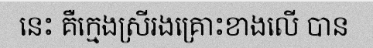
នេះ គឺក្មេងស្រីរងគ្រោះខាងលើ បាន